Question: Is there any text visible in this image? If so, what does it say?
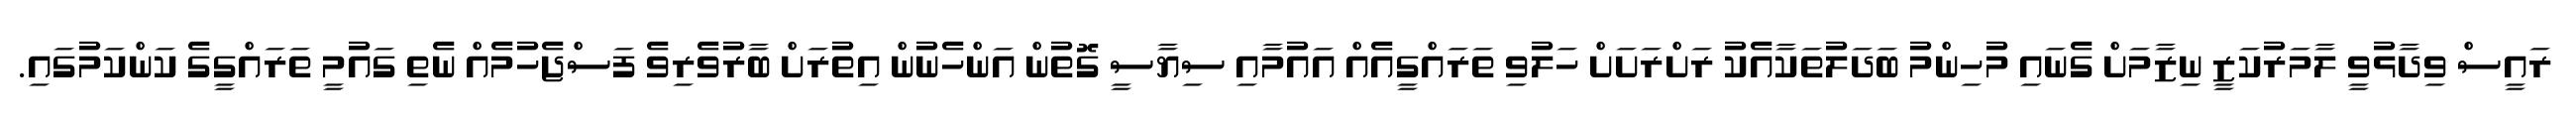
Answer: ރައީސް ވިދާޅުވީ ލާމަރުކަޒީ ނިޒާމަށް ގެނައި މުހިންމު ބަދަލުތަކާއެކު ރަށްރަށަށް ހަލުވި ތަރައްގީއެއް އައުމާއި ސިޔާސީ ގޮތުން އަންހެނުން އިތުރަށް ބާރުވެރިވެ ފަސްޖެހުމެއް ނެތި ގައުމީ ތަރައްގީގެ ކަންކަމުގައި.